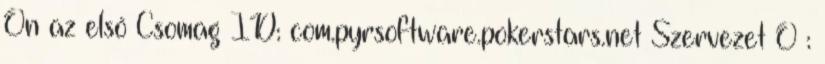
Ön az első Csomag ID: com.pyrsoftware.pokerstars.net Szervezet O :